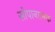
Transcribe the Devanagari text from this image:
सोपानात्मक